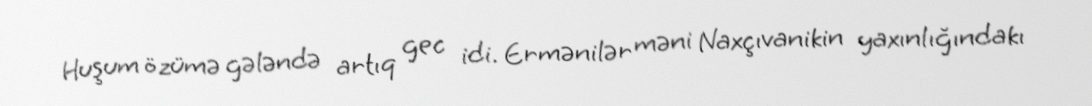
Huşum özümə gələndə artıq gec idi. Ermənilər məni Naxçıvanikin yaxınlığındakı